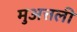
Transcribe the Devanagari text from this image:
मुअत्तली